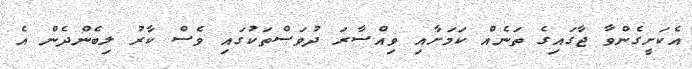
އެކަށީގެންވާ ޖާގައިގެ ތަނެއް ކަމަށާއި ވިއްސާރަ ދުވަސްތަކުގައި ވެސް ކާރު ލިބެންދެން އެ